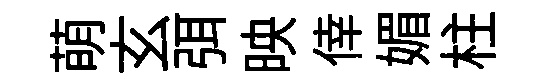
萌玄弭映倖媚柱